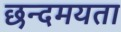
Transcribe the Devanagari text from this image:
छन्दमयता